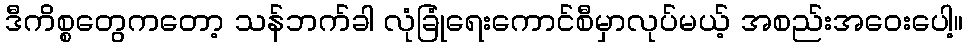
ဒီကိစ္စတွေကတော့ သန်ဘက်ခါ လုံခြုံရေးကောင်စီမှာလုပ်မယ့် အစည်းအဝေးပေါ့။